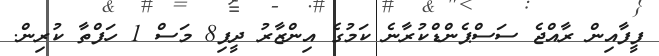
ފީފާއިން ރާއްޖެ ސަސްޕެންޑްކުރާނެ ކަމުގެ އިންޒާރު ދީފި8 މަސް 1 ހަފްތާ ކުރިން.